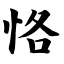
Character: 恪